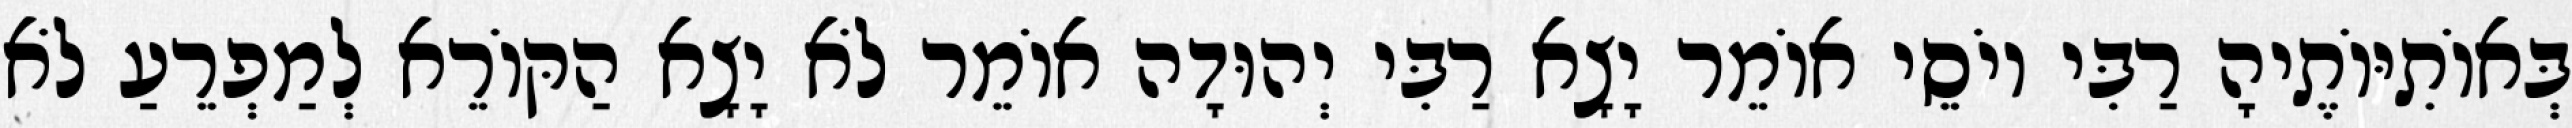
בְּאוֹתִיּוֹתֶיהָ רַבִּי יוֹסֵי אוֹמֵר יָצָא רַבִּי יְהוּדָה אוֹמֵר לֹא יָצָא הַקּוֹרֵא לְמַפְרֵעַ לֹא